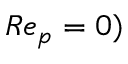
R e _ { p } = 0 )